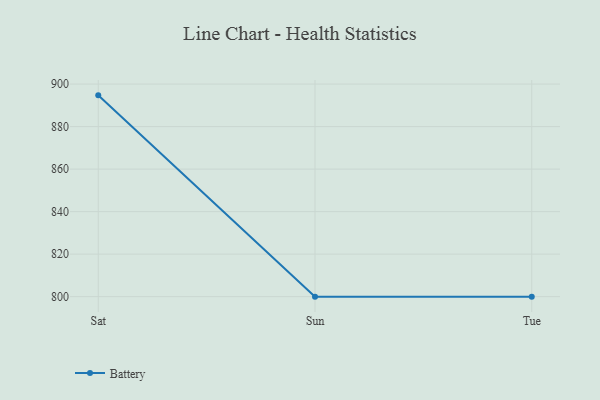
{"axis": {"x": "Day", "y": "Shipments"}, "legend": ["Battery"], "data": [{"x": "Sat", "y": 894.7, "type": "Battery"}, {"x": "Sun", "y": 800, "type": "Battery"}, {"x": "Tue", "y": 800, "type": "Battery"}]}